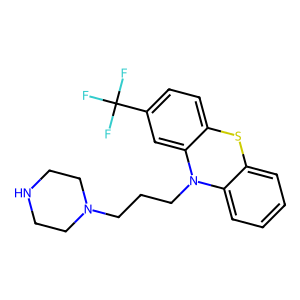
SMILES: FC(F)(F)c1ccc2c(c1)N(CCCN1CCNCC1)c1ccccc1S2
Inhibits HIV replication: No